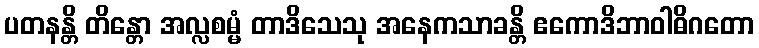
ပတနန္တိ တိန္တော အလ္လစမ္မံ တာဒိသေသု အနေကသာခန္တိ ဧကောဒိဘာဝါဓိဂတော